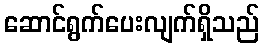
ဆောင်ရွက်ပေးလျက်ရှိသည်